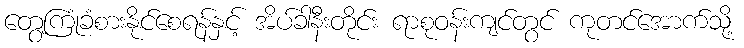
တွေ့ကြုံခံစားနိုင်စေရန်နှင့် အိပ်ခါနီးတိုင်း ရာစုဝန်းကျင်တွင် ကုတင်အောက်သို့